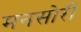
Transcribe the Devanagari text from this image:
मनसोरी